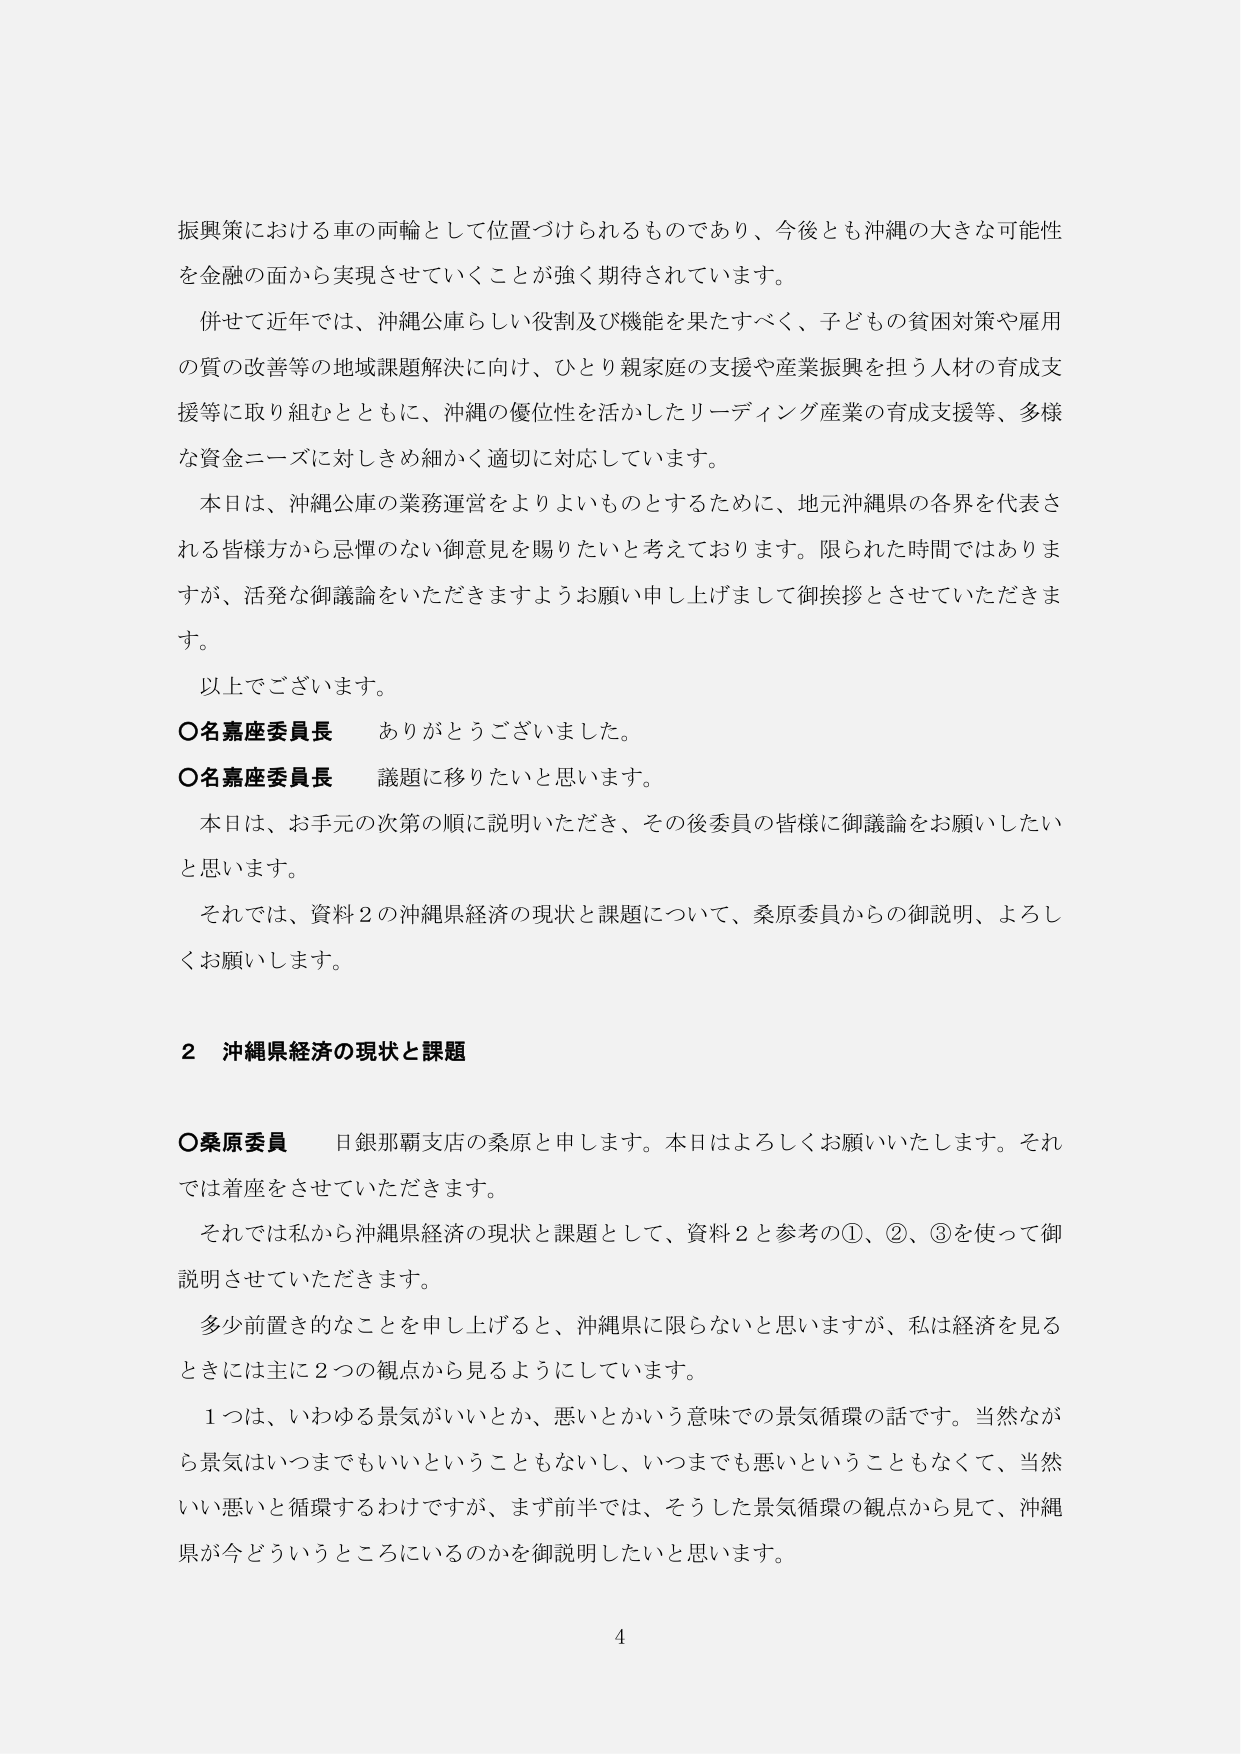
振興策における車の両輪として位置づけられるものであり、今後とも沖縄の大きな可能性を金融の面から実現させていくことが強く期待されています。

併せて近年では、沖縄公庫らしい役割及び機能を果たすべく、子どもの貧困対策や雇用の質の改善等の地域課題解決に向け、ひとり親家庭の支援や産業振興を担う人材の育成支援等に取り組むとともに、沖縄の優位性を活かしたリーディング産業の育成支援等、多様な資金ニーズに対しきめ細かく適切に対応しています。

本日は、沖縄公庫の業務運営をよりよいものとするために、地元沖縄県の各界を代表される皆様方から忌憚のない御意見を賜りたいと考えております。限られた時間ではありますが、活発な御議論をいただきますようお願い申し上げまして御挨拶とさせていただきます。

以上でございます。

○名嘉座委員長　ありがとうございました。

○名嘉座委員長　議題に移りたいと思います。

本日は、お手元の次第の順に説明いただき、その後委員の皆様に御議論をお願いしたいと思います。

それでは、資料2の沖縄県経済の現状と課題について、桑原委員からの御説明、よろしくお願いします。

2　沖縄県経済の現状と課題

○桑原委員　日銀那覇支店の桑原と申します。本日はよろしくお願いいたします。それでは着座をさせていただきます。

それでは私から沖縄県経済の現状と課題として、資料2と参考の①、②、③を使って御説明させていただきます。

多少前置き的なことを申し上げると、沖縄県に限らないと思いますが、私は経済を見るときには主に2つの観点から見るようにしています。

1つは、いわゆる景気がいいとか、悪いとかいう意味での景気循環の話です。当然ながら景気はいつまでもいいということもないし、いつまでも悪いということもなくて、当然いい悪いと循環するわけですが、まず前半では、そうした景気循環の観点から見て、沖縄県が今どういうところにいるのかを御説明したいと思います。

4